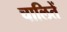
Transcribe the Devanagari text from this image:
चालितें